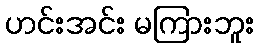
ဟင်းအင်း မကြားဘူး